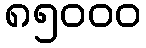
၈၅၀၀၀